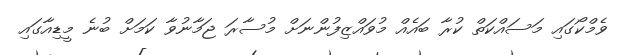
ވެމްކޯގައި މަސައްކަތް ކުރާ ބައެއް މުވައްޒިފުންނަށް މުސާރަ ޖަމާނުވާ ކަމަށް ބުނެ މީޑިއާގައި